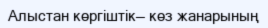
Алыстан көргіштік— көз жанарының